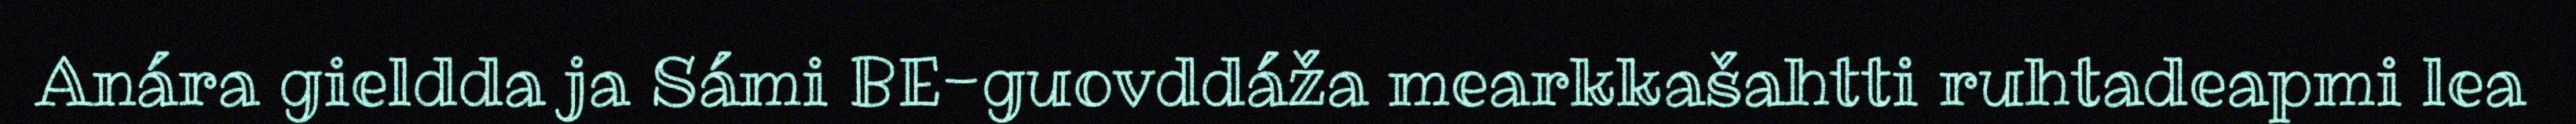
Anára gieldda ja Sámi BE-guovddáža mearkkašahtti ruhtadeapmi lea